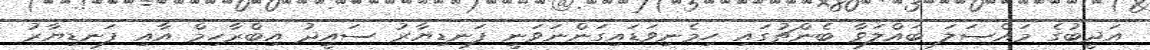
އަދީބުގެ މައްސަލަ ބައްލަވާ ބެންޗުގައި ހިމެނިވަޑައިގަންނަވަނީ ފަނޑިޔާރު ސައީދު އިބްރާހިމް އާއި ފަނޑިޔާރު